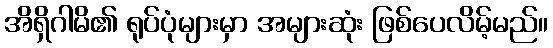
အိရှိဂါမိ၏ ရုပ်ပုံများမှာ အများဆုံး ဖြစ်ပေလိမ့်မည်။